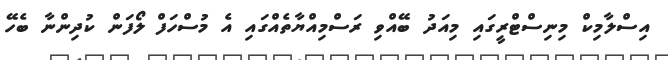
އިސްލާމިކް މިނިސްޓްރީގައި މިއަދު ބޭއްވި ރަސްމިއްޔާތެއްގައި އެ މުސްހަފް ލޯފަން ކުދިންނާ ބެހޭ